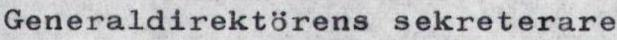
Generaldirektorens sekreterare